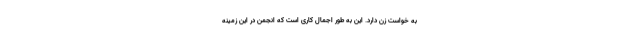
به خواست زن دارد. این به طور اجمال کاری است که انجمن در این زمینه